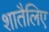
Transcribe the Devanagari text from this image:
शातैलिए